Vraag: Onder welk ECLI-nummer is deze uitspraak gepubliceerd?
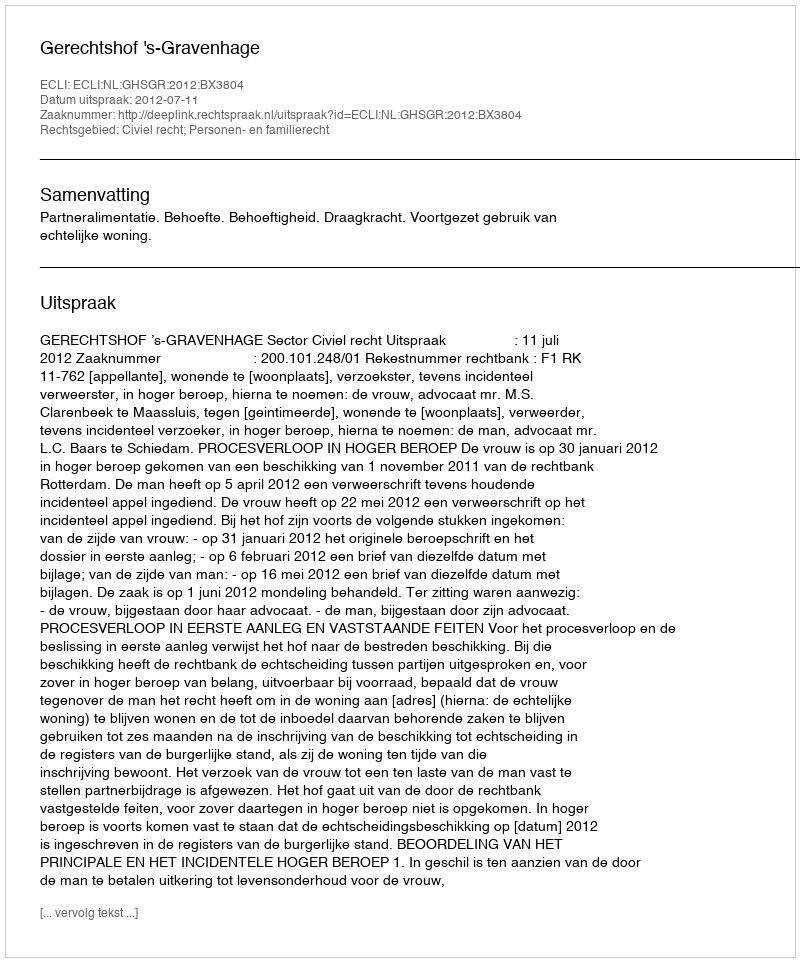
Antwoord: ECLI:NL:GHSGR:2012:BX3804